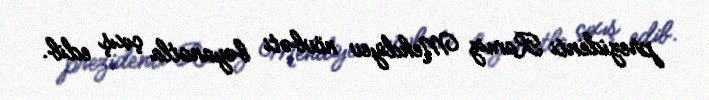
prezidenti Ramiz Mehdiyev növbəti bəyanatla çıxış edib.